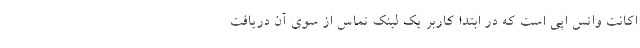
اکانت واتس اپی است که در ابتدا کاربر یک لینک تماس از سوی آن دریافت